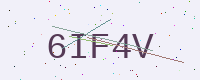
Text: 6IF4V